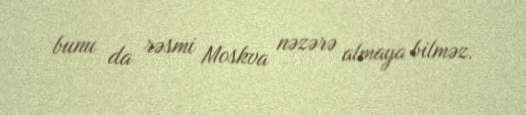
bunu da rəsmi Moskva nəzərə almaya bilməz.